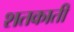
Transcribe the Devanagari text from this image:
शतकाती